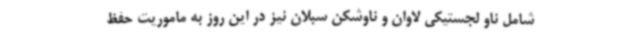
شامل ناو لجستیکی لاوان و ناوشکن سبلان نیز در این روز به ماموریت حفظ